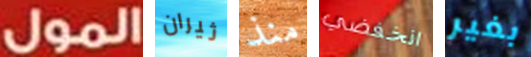
المول ثيران منذ انخفضي بغير